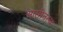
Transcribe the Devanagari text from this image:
आसीनस्य